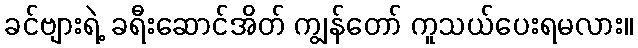
ခင်ဗျားရဲ့ ခရီးဆောင်အိတ် ကျွန်တော် ကူသယ်ပေးရမလား။